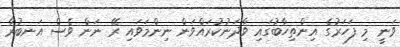
ވަނީ މި ފަހަރުގެ އިންތިހާބުގައި ވާދަނުކުރައްވަން ނިންމަވައި ރޭ ނަން ވެސް އަނބުރާ